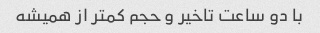
با دو ساعت تاخیر و حجم کمتر از همیشه